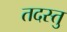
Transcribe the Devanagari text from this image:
तदस्तु